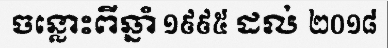
ចន្លោះពីឆ្នាំ ១៩៩៥ ដល់ ២០១៨